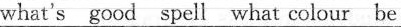
what's good spell what colour be